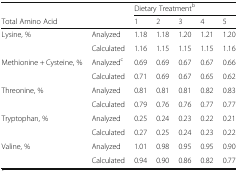
|  |  | <COLSPAN=5> Dietary Treatmentb |
 | Total Amino Acid |  | 1 | 2 | 3 | 4 | 5 |
 | --- | --- | --- | --- | --- | --- | --- |
 | <ROWSPAN=2> Lysine, % | Analyzed | 1.18 | 1.18 | 1.20 | 1.21 | 1.20 |
 | Calculated | 1.16 | 1.15 | 1.15 | 1.15 | 1.16 |
 | <ROWSPAN=2> Methionine + Cysteine, % | Analyzedc | 0.69 | 0.69 | 0.67 | 0.67 | 0.66 |
 | Calculated | 0.71 | 0.69 | 0.67 | 0.65 | 0.62 |
 | <ROWSPAN=2> Threonine, % | Analyzed | 0.81 | 0.81 | 0.81 | 0.82 | 0.83 |
 | Calculated | 0.79 | 0.76 | 0.76 | 0.77 | 0.77 |
 | <ROWSPAN=2> Tryptophan, % | Analyzed | 0.25 | 0.24 | 0.23 | 0.22 | 0.21 |
 | Calculated | 0.27 | 0.25 | 0.24 | 0.23 | 0.22 |
 | <ROWSPAN=2> Valine, % | Analyzed | 1.01 | 0.98 | 0.95 | 0.95 | 0.90 |
 | Calculated | 0.94 | 0.90 | 0.86 | 0.82 | 0.77 |